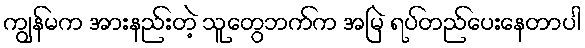
ကျွန်မက အားနည်းတဲ့ သူတွေဘက်က အမြဲ ရပ်တည်ပေးနေတာပါ